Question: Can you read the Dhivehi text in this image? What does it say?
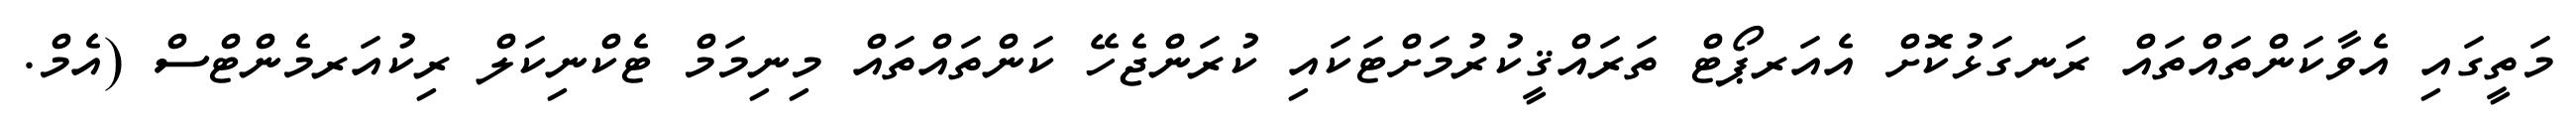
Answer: މަތީގައި އެވާކަންތައްތައް ރަނގަޅުކޮށް އެއަރޕޯޓް ތަރައްޤީކުރުމަށްޓަކައި ކުރަންޖެހޭ ކަންތައްތައް މިނިމަމް ޓެކްނިކަލް ރިކުއަރމެންޓްސް (އެމް.